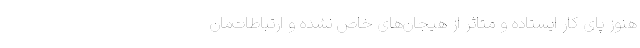
هنوز پای کار ایستاده و متاثر از هیجان‌های خاص نشده و ارتباطات‌مان